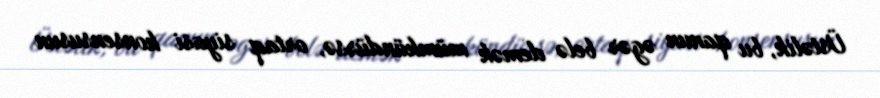
Üstəlik, bu qanun əgər belə demək mümkündürsə, ortaq siyasi konsensusun